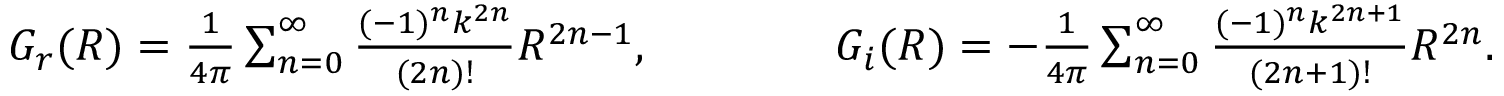
\begin{array} { r } { G _ { r } ( R ) = \frac { 1 } { 4 \pi } \sum _ { n = 0 } ^ { \infty } \frac { ( - 1 ) ^ { n } k ^ { 2 n } } { ( 2 n ) ! } R ^ { 2 n - 1 } , \qquad \qquad G _ { i } ( R ) = - \frac { 1 } { 4 \pi } \sum _ { n = 0 } ^ { \infty } \frac { ( - 1 ) ^ { n } k ^ { 2 n + 1 } } { ( 2 n + 1 ) ! } R ^ { 2 n } . } \end{array}